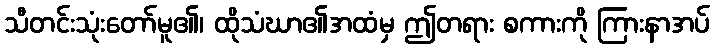
သီတင်းသုံးတော်မူ၏၊ ထိုသံဃာ၏အထံမှ ဤတရား စကားကို ကြားနာအပ်